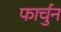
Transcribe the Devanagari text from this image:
फार्चुन